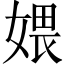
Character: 㛱